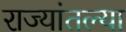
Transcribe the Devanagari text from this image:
राज्यांतल्या